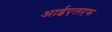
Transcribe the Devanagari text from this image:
आईएलएफ